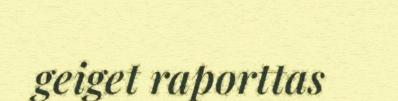
geiget raporttas